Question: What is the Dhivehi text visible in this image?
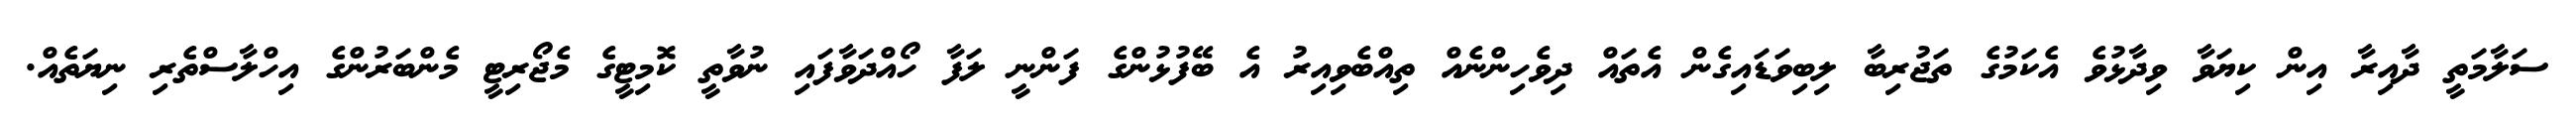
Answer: ސަލާމަތީ ދާއިރާ އިން ކިޔަވާ ވިދާޅުވެ އެކަމުގެ ތަޖުރިބާ ލިބިވަޑައިގެން އެތައް ދިވެހިންނެއް ތިއްބެވިއިރު އެ ބޭފުޅުންގެ ފަންނީ ލަފާ ހޯއްދަވާފައި ނުވާތީ ކޮމިޓީގެ މެޖޯރިޓީ މެންބަރުންގެ އިހްލާސްތެރި ނިޔަތެއް.